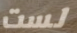
لست